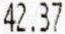
42.37